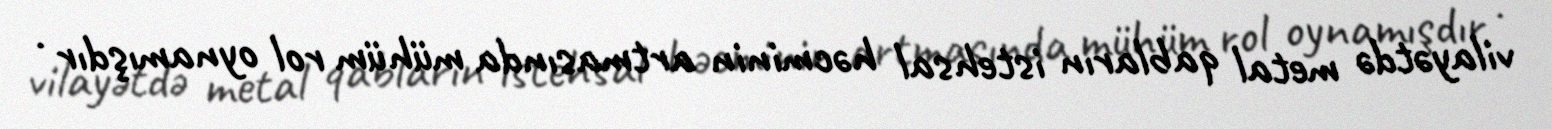
vilayətdə metal qabların istehsal həcminin artmasında mühüm rol oynamışdır .